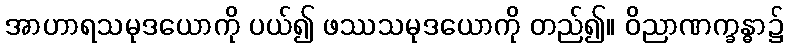
အာဟာရသမုဒယောကို ပယ်၍ ဖဿသမုဒယောကို တည်၍။ ဝိညာဏက္ခန္ဓာ၌